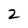
Character: 2